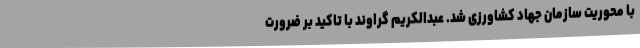
با محوریت سازمان جهاد کشاورزی شد. عبدالکریم گراوند با تاکید بر ضرورت